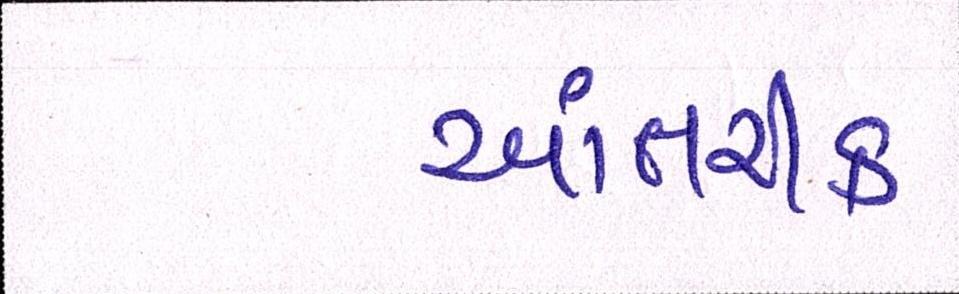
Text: આંતરીક